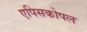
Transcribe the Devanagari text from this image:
एपिसकोपल